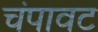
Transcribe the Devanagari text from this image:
चंपावट